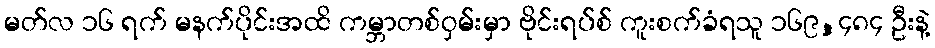
မတ်လ ၁၆ ရက် မနက်ပိုင်းအထိ ကမ္ဘာတစ်ဝှမ်းမှာ ဗိုင်းရပ်စ် ကူးစက်ခံရသူ ၁၆၉,၄၈၄ ဦးနဲ့